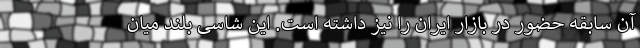
آن سابقه حضور در بازار ایران را نیز داشته است. این شاسی بلند میان